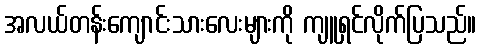
အလယ်တန်းကျောင်းသားလေးများကို ကျူရှင်လိုက်ပြသည်။